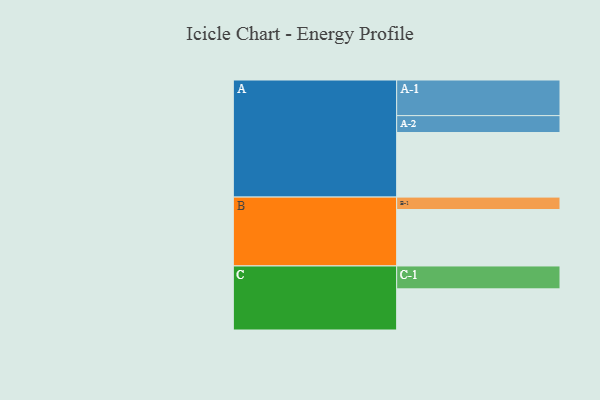
{"axis": {"x": "Segment", "y": "Value"}, "legend": ["", "A", "B", "C"], "data": [{"x": "A", "y": 482, "type": ""}, {"x": "B", "y": 421, "type": ""}, {"x": "C", "y": 307, "type": ""}, {"x": "A-1", "y": 266, "type": "A"}, {"x": "A-2", "y": 126, "type": "A"}, {"x": "B-1", "y": 93, "type": "B"}, {"x": "C-1", "y": 171, "type": "C"}]}